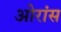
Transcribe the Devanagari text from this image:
ओरांंस